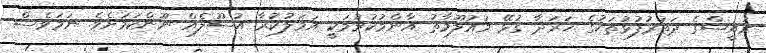
ރައީސްގެ ދަތުރުފުޅުތަކުގެ ޚަރަދާ ގުޅޭ މައުލޫމާތު އާންމުކުރުމަކީ އަމަލުކުރާ އުސޫލެއް ނޫންކަމަށެވެ. ނަމަވެސް